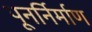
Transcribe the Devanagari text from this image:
पूनर्निर्माण